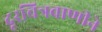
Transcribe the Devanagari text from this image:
दूरचित्रवाणीने